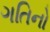
ગતિનો